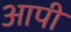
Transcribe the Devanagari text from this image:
आपी